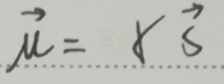
$\overrightarrow{\mu}=\gamma\overrightarrow{s}$